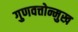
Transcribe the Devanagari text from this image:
गुणवत्तोन्मुख